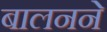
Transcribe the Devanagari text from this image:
बालनने